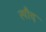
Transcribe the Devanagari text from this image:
त्यौद